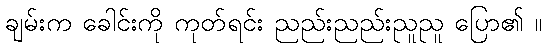
ချမ်းက ခေါင်းကို ကုတ်ရင်း ညည်းညည်းညူညူ ပြော၏ ။